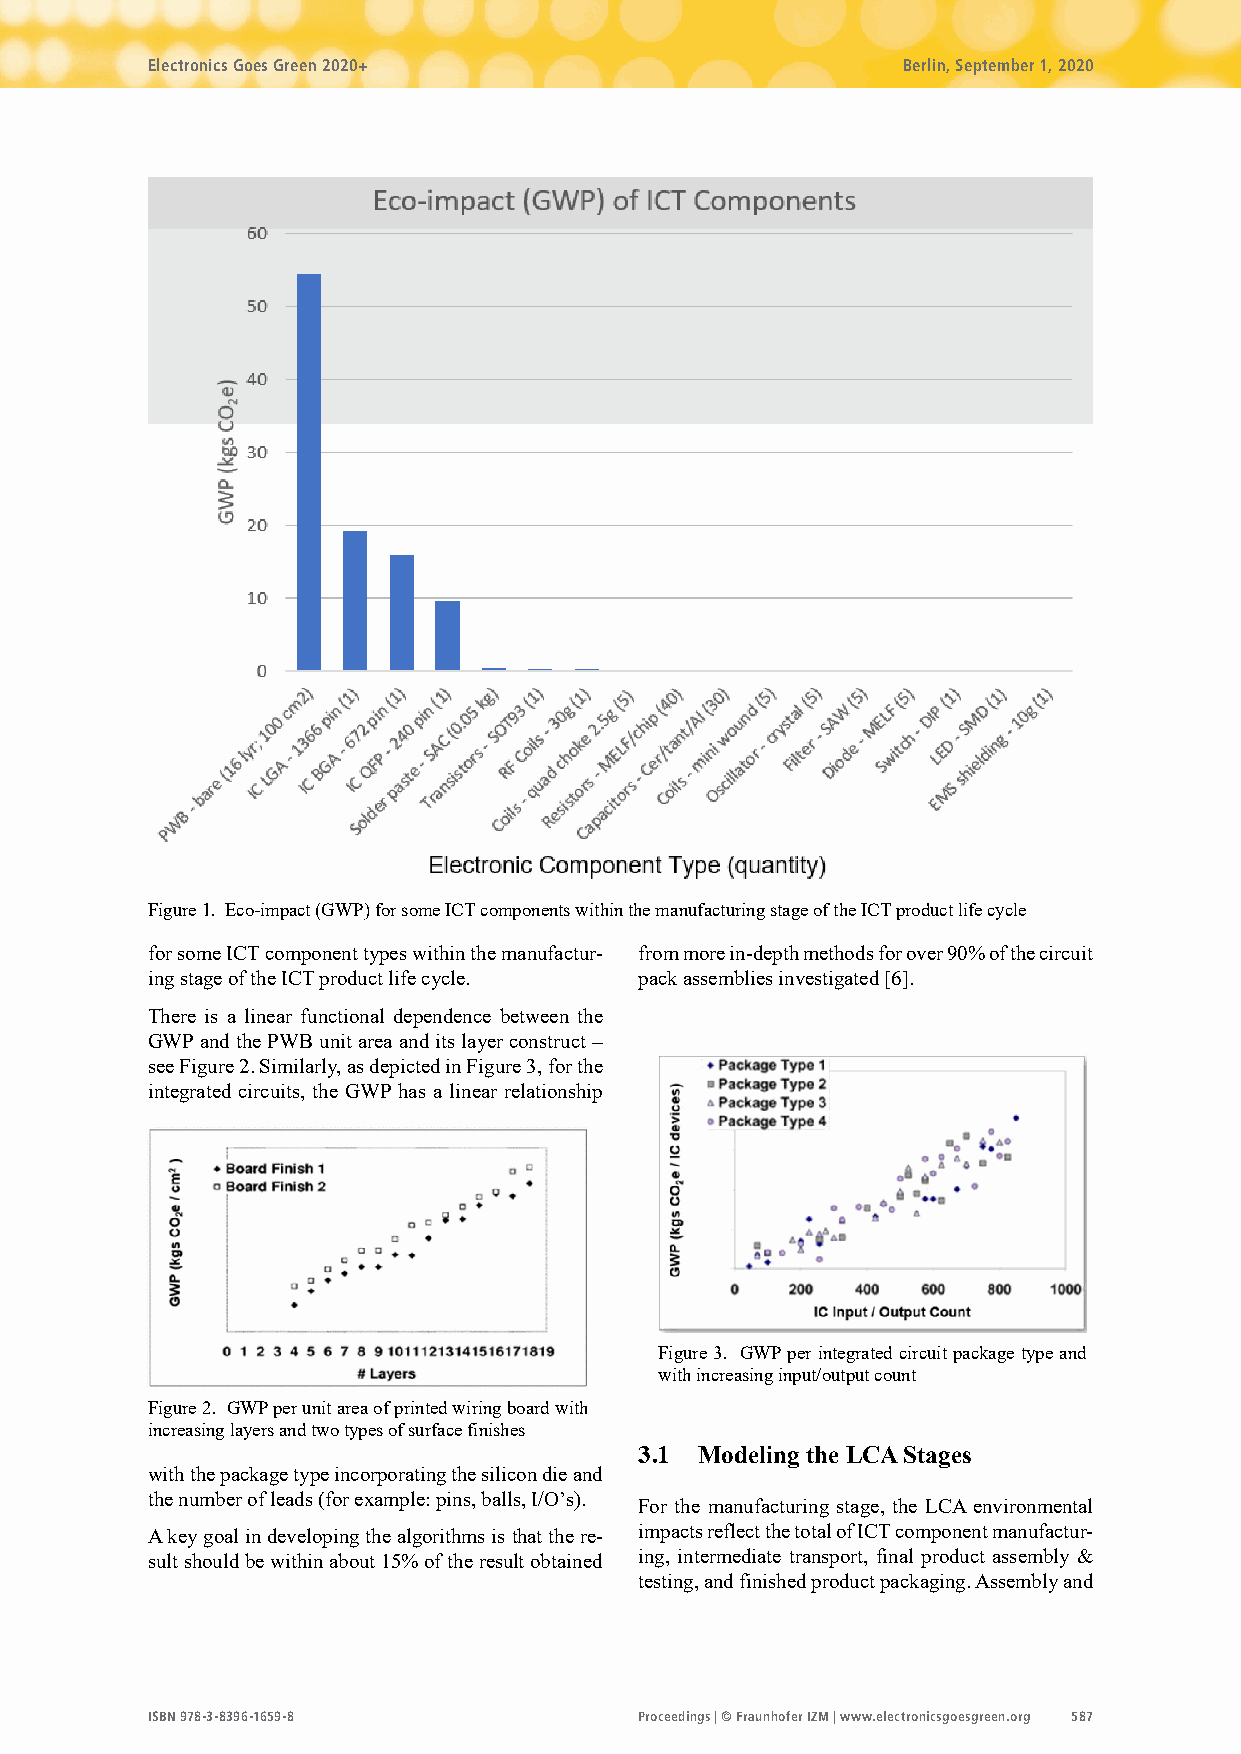
Electronics Goes Green 2020+                      Berlin, September 1, 2020
 Figure 1. Eco-impact (GWP) for some ICT components within the manufacturing stage of the ICT product life cycle
 for some ICT component types within the manufactur- from more in-depth methods for over 90% of the circuit
 ing stage of the ICT product life cycle. pack assemblies investigated [6].
 There is a linear functional dependence between the
 GWP and the PWB unit area and its layer construct –
 see Figure 2. Similarly, as depicted in Figure 3, for the
 integrated circuits, the GWP has a linear relationship
 Figure 3. GWP per integrated circuit package type and
 with increasing input/output count
 Figure 2. GWP per unit area of printed wiring board with
 increasing layers and two types of surface finishes
 3.1 Modeling the LCA Stages
 with the package type incorporating the silicon die and
 the number of leads (for example: pins, balls, I/O’s).
 For the manufacturing stage, the LCA environmental
 A key goal in developing the algorithms is that the re- impacts reflect the total of ICT component manufactur-
 sult should be within about 15% of the result obtained ing, intermediate transport, final product assembly &
 testing, and finished product packaging. Assembly and
 ISBN 978-3-8396-1659-8          Proceedings | © Fraunhofer IZM | www.electronicsgoesgreen.org 587